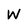
Character: W